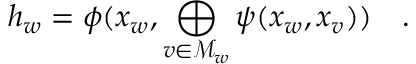
h _ { w } = \phi ( x _ { w } , \bigoplus _ { v \in \mathcal { M } _ { w } } \psi ( x _ { w } , x _ { v } ) ) \quad .